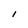
Character: I